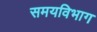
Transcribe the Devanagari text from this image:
समयविभाग